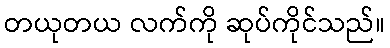
တယုတယ လက်ကို ဆုပ်ကိုင်သည်။